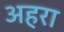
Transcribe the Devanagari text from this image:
अहरा